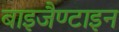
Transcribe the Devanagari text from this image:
बाइजैण्टाइन